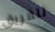
للفريق